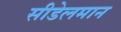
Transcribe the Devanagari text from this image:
सीडेलमान